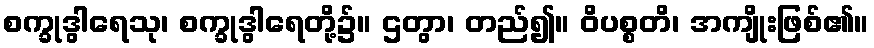
စက္ခုဒွါရေသု၊ စက္ခုဒွါရေတို့၌။ ဌတွာ၊ တည်၍။ ဝိပစ္စတိ၊ အကျိုးဖြစ်၏။